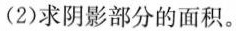
(2)求阴影部分的面积。